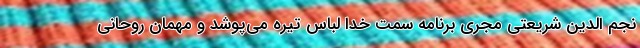
نجم الدین شریعتی مجری برنامه سمت خدا لباس تیره می‌پوشد و مهمان روحانی